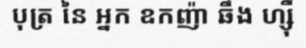
បុត្រ នៃ អ្នក ឧកញ៉ា ឆឹង ហ្ស៊ឺ